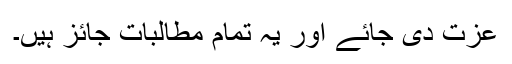
عزت دی جائے اور یہ تمام مطالبات جائز ہیں۔